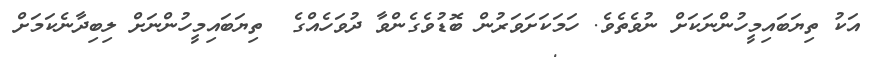
އަކު ތިޔަބައިމީހުންނަކަށް ނުވެތެވެ. ހަމަކަށަވަރުން ބޮޑުވެގެންވާ ދުވަހެއްގެ  ތިޔަބައިމީހުންނަށް ލިބިދާނެކަމަށް